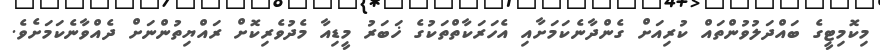
މިކޮމިޓީގެ ބައްދަލުވުންތައް ކުރިއަށް ގެންދާނެކަމަށާއި އެހަރަކާތްތަކުގެ ޚަބަރު މީޑިއާ މެދުވެރިކޮށް ރައްޔިތުންނަށް ދެއްވާނެކަމަށެވެ.